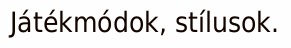
Játékmódok, stílusok.